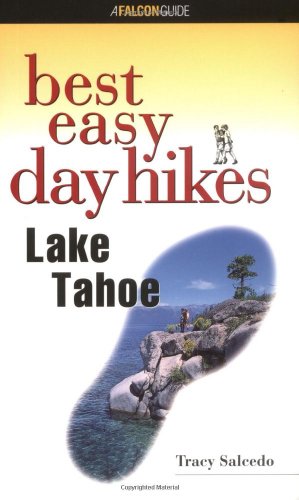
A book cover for Best Easy Day Hikes Lake Tahoe (Best Easy Day Hikes Series); Tracy Salcedo; Travel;